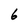
Character: 6